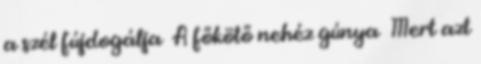
a szél fújdogálja A főkötő nehéz gúnya Mert azt